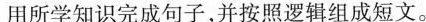
用所学知识完成句子,并按照逻辑组成短文。